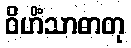
ဝိဟိံသာဓာတု